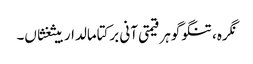
نگرہ، تنگو گوہر قیمتی آنی برکتامالدار بیثغثاں۔